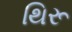
થિરૂ